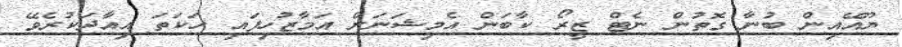
ޔޫއޭއިން ބުނާ ގޮތުން ނެޓް ޒީރޯ ކާބަން އެމިޝަނަށް އަމާޒުހިފައި ހަކަތަ އިއާދަކުރެވޭ